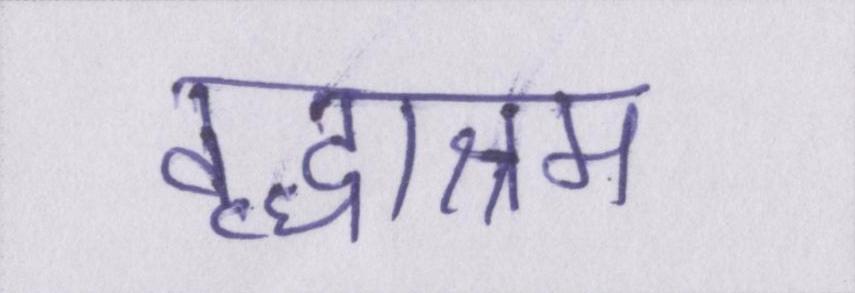
वृद्धाश्रम